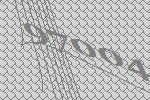
97004